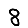
Digit: 8